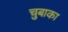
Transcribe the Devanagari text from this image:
चुबाका